Annual report of the Punjab Veterinary College and of the Civil Veterinary Department, Punjab - 1909-1919
Year: 1909
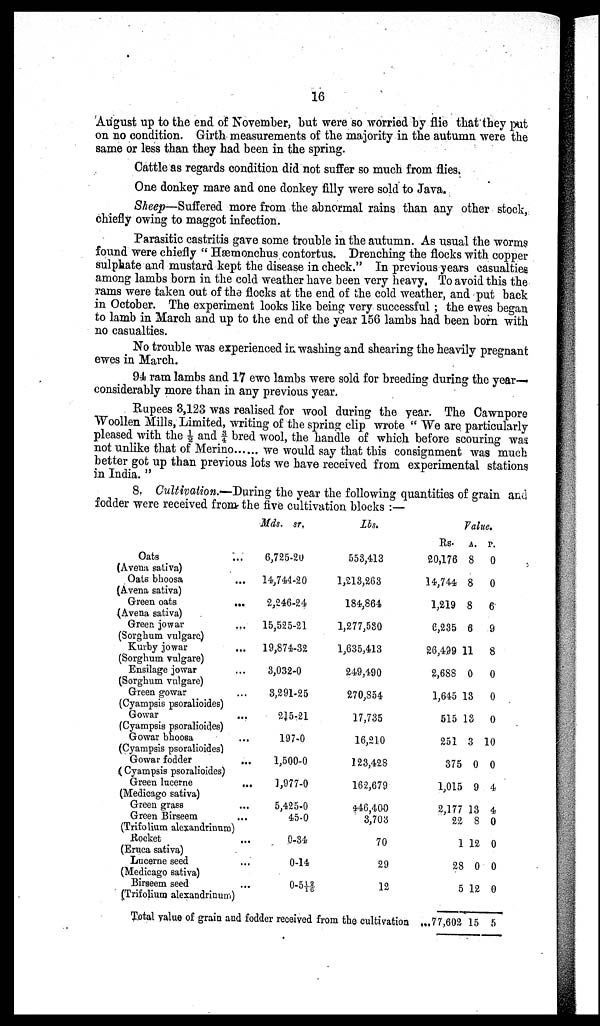
16
August up to the end of November, but were so worried by flie that they put
on no condition. Girth measurements of the majority in the autumn were the
same or less than they had been in the spring.
Cattle as regards condition did not suffer so much from flies.
One donkey mare and one donkey filly were sold to Java.
Sheep—Suffered more from the abnormal rains than any other stock,
chiefly owing to maggot infection.
Parasitic castritis gave some trouble in the autumn. As usual the worms
found were chiefly " Hæmonchus contortus. Drenching the flocks with copper
sulphate and mustard kept the disease in check." In previous years casualties
among lambs born in the cold weather have been very heavy. To avoid this the
rams were taken out of the flocks at the end of the cold weather, and put back
in October. The experiment looks like being very successful ; the ewes began
to lamb in March and up to the end of the year 156 lambs had been born with
no casualties.
No trouble was experienced in washing and shearing the heavily pregnant
ewes in March.
94 ram lambs and 17 ewe lambs were sold for breeding during the year—
considerably more than in any previous year.
Rupees 3,123 was realised for wool during the year. The Cawnpore
Woollen Mills, Limited, writing of the spring clip wrote " We are particularly
pleased with the ½ and 3/4 bred wool, the handle of which before scouring was
not unlike that of Merino
we would say that this consignment was much
better got up than previous lots we have received from experimental stations
in India. "
8. Cultivation.— During the year the following quantities of grain and
fodder were received from the five cultivation blocks :—
Oats …
(Avena saliva)
Oats bhoosa ...
(Avena sativa) ...
Green oats
...
(Avena sativa)
Green jowar ...
(Sorghum vulgare)
Kurby jowar ...
(Sorghum vulgare)
Ensilage jowar ...
(Sorghum vulgare)
Green gowar ...
(Cyampsis psoralioides)
Gowar ...
(Cyampsis psoralioides)
Gowar bhoosa ...
(Cyampsis psoralioides)
Gowar fodder ...
(Cyampsis psoralioides)
Green lucerne
...
(Medicago sativa)
Green grass ...
Green Birseem ...
(Trifolium alexandrinuro)
Rocket
...
(Eruca sativa)
Lucerne seed …
(Medicago sativa)
Birseem seed ...
(Trifolium alexandrinum)
Mds. st.
6,725-20
14,744-20
2,246-24
15,525-21
19,874-32
3,032-0
3,291-25
215-21
197-0
1,500-0
1,977-0
5,425-0
45-0
0-34
0-14
0-5 12/16
Lbs.
553,413
1,213,263
184,864
1,277,530
1,635,413
249,490
270,854
17,735
16,210
123,428
162,679
446,400
3,703
70
29
12
Total value of grain and fodder received from the cultivation
Value.
Rs.
20,176
14,744
1,219
6,235
26,499
2,688
1,645
515
251
375
1,015
2,177
22
1
28
5
...77,602
A.
8
8
8
6
11
0
13
13
3
0
9
13
8
12
0
12
15
P.
0
0
6
9
8
0
0
0
10
0
4
4
0
0
0
0
5